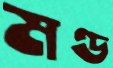
মণ্ড